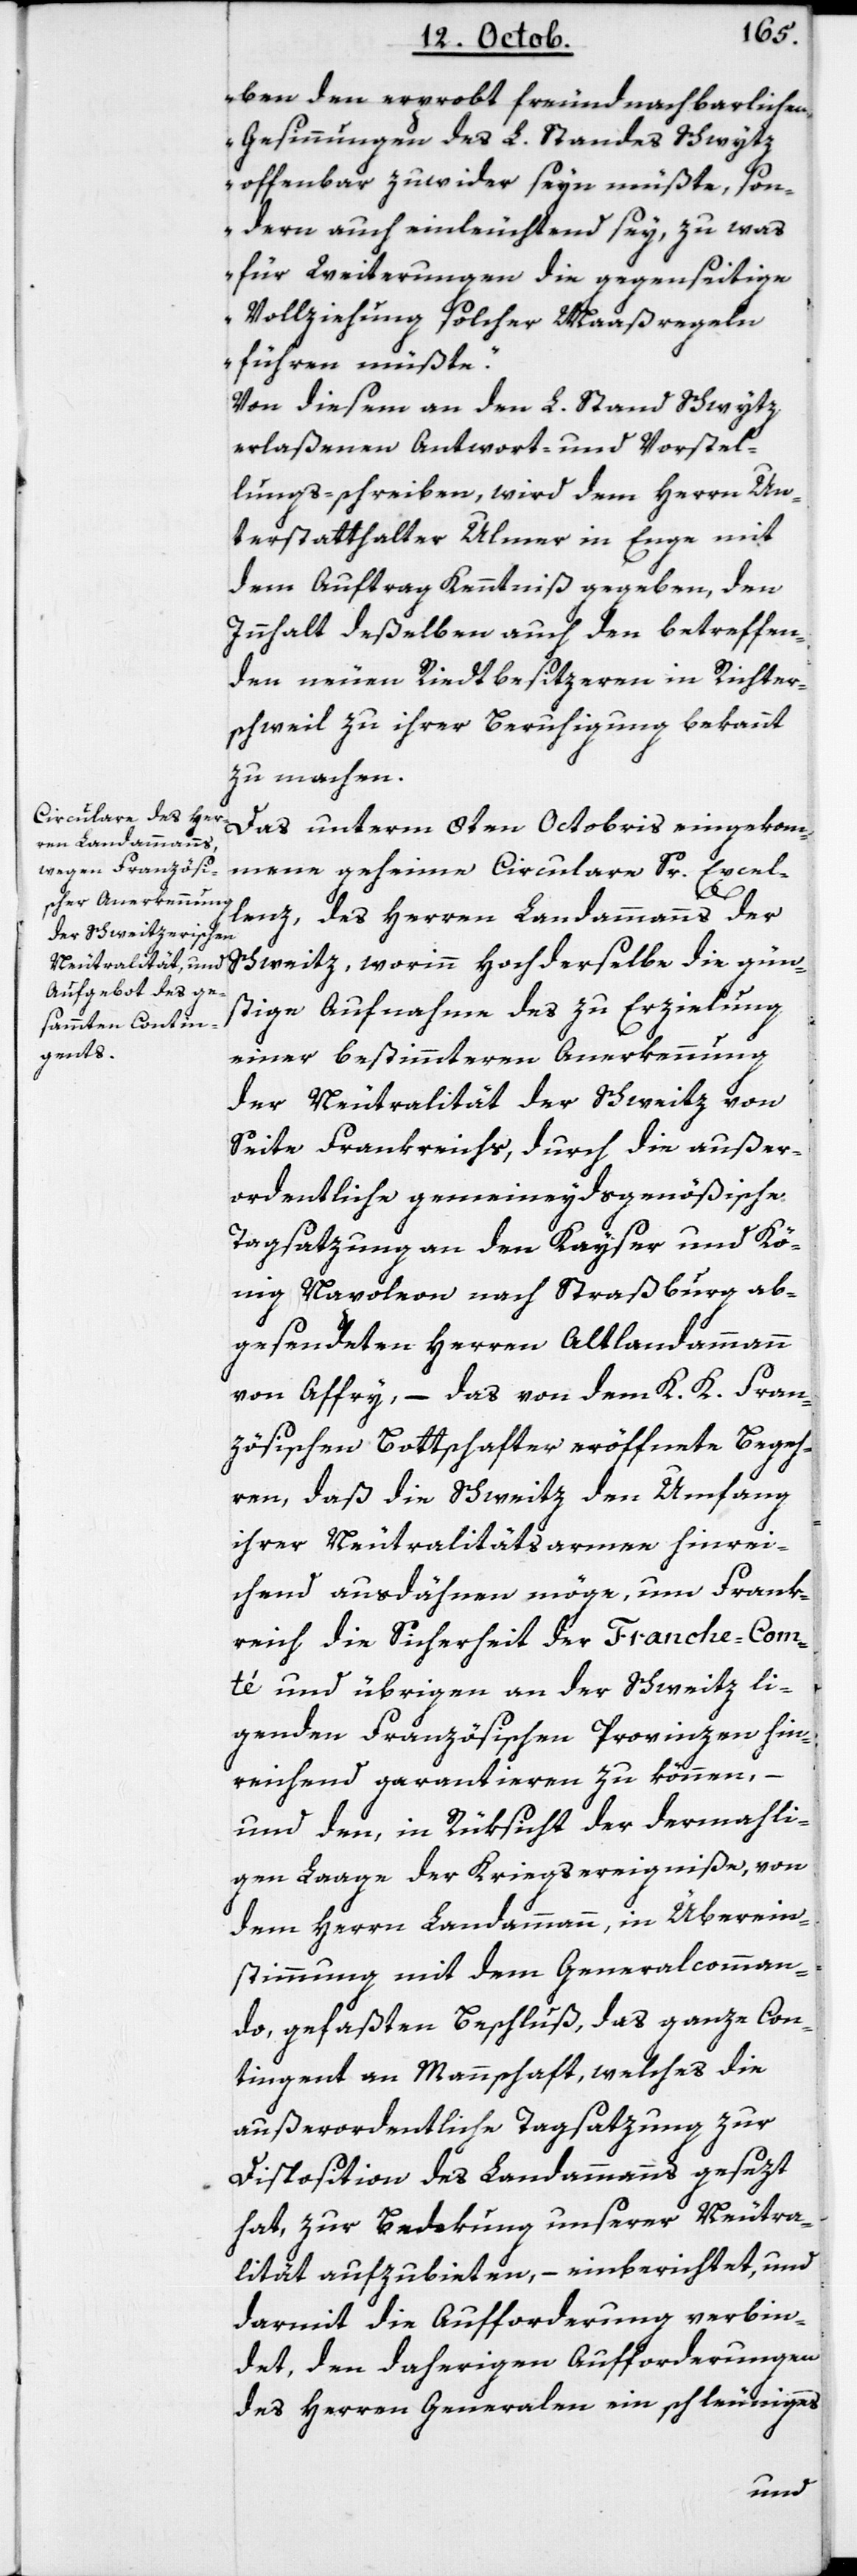
ben den erprobt freundnachbarlichen
Gesinnungen des L. Standes Schwytz
offenbar zuwider sein müßte, son¬
dern auch einleuchtend sey, zu was
für Weiterungen die gegenseitige
Vollziehung solcher Maaßregeln
führen müßte“.
Von diesem an den L. Stand Schwytz
erlaßenen Antwort- und Vorstel¬
lungs-schreiben, wird dem Herrn Un¬
terstatthalter Ulmer in Enge mit
dem Auftrag Kenntniß gegeben, den
Innhalt deßelben auch den betreffen¬
den neuen Riedtbesitzeren in Richter¬
schweil zu ihrer Beruhigung bekannt
zu machen.
Das unterm 8ten Octobris eingekom¬
mene geheime Circulare Sr. Excel¬
lenz des Herrn Landammanns der
Schweitz, worinn Hochderselbe die gün¬
stige Aufnahme des zu Erzielung
einer bestimmteren Anerkennung
der Neutralität der Schweitz von
Seite Frankreichs, durch die außer¬
ordentliche gemeineydsgenößische
Tagsatzung an den Kayser und Kö¬
nig Napoleon nach Straßburg ab¬
gesendeten Herren Altlandammann
von Affry, – das von dem K. K. Fran¬
zösischen Bottschafter eröffnete Begeh¬
ren, daß die Schweitz den Umfang
ihrer Neutralitätsarmee hinrei¬
chend ausdähnen möge, um Frank¬
reich die Sicherheit der Franche-Com¬
té und übrigen an der Schweitz li¬
genden Französischen Provinzen hin¬
reichend garantieren zu können,
und den, in Rüksicht der dermahli¬
gen Laage der Kriegsereigniße, von
dem Herren Landammann, in Überein¬
stimmung mit dem Generalcomman¬
do gefaßten Beschluß, das ganze Con¬
tingent an Mannschaft, welches die
außerordentliche Tagsatzung zur
Disposition des Landammanns gesezt
hat, zur Bedekung unserer Neutra¬
lität aufzubieten, – einberichtet, und
darmit die Aufforderung verbin¬
det, den daherigen Aufforderungen
des Herren Generalen ein schleuniges